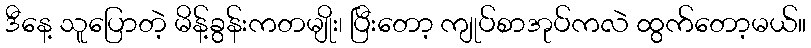
ဒီနေ့ သူပြောတဲ့ မိန့်ခွန်းကတမျိုး၊ ပြီးတော့ ကျုပ်စာအုပ်ကလဲ ထွက်တော့မယ်။